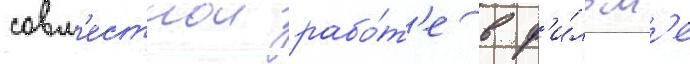
совм'естнои рабо́т'е в ф'и́льм'е